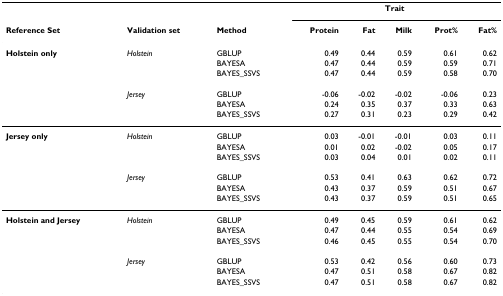
<table><thead><tr><td></td><td></td><td></td><td colspan="5"><b>Trait</b></td></tr><tr><td><b>Reference Set</b></td><td><b>Validation set</b></td><td><b>Method</b></td><td><b>Protein</b></td><td><b>Fat</b></td><td><b>Milk</b></td><td><b>Prot%</b></td><td><b>Fat%</b></td></tr></thead><tbody><tr><td><b>Holstein only</b></td><td><i>Holstein</i></td><td>GBLUP</td><td>0.49</td><td>0.44</td><td>0.59</td><td>0.61</td><td>0.62</td></tr><tr><td></td><td></td><td>BAYESA</td><td>0.47</td><td>0.44</td><td>0.59</td><td>0.59</td><td>0.71</td></tr><tr><td></td><td></td><td>BAYES_SSVS</td><td>0.47</td><td>0.44</td><td>0.59</td><td>0.58</td><td>0.70</td></tr><tr><td></td><td><i>Jersey</i></td><td>GBLUP</td><td>-0.06</td><td>-0.02</td><td>-0.02</td><td>-0.06</td><td>0.23</td></tr><tr><td></td><td></td><td>BAYESA</td><td>0.24</td><td>0.35</td><td>0.37</td><td>0.33</td><td>0.63</td></tr><tr><td></td><td></td><td>BAYES_SSVS</td><td>0.27</td><td>0.31</td><td>0.23</td><td>0.29</td><td>0.42</td></tr><tr><td><b>Jersey only</b></td><td><i>Holstein</i></td><td>GBLUP</td><td>0.03</td><td>-0.01</td><td>-0.01</td><td>0.03</td><td>0.11</td></tr><tr><td></td><td></td><td>BAYESA</td><td>0.01</td><td>0.02</td><td>-0.02</td><td>0.05</td><td>0.17</td></tr><tr><td></td><td></td><td>BAYES_SSVS</td><td>0.03</td><td>0.04</td><td>0.01</td><td>0.02</td><td>0.11</td></tr><tr><td></td><td><i>Jersey</i></td><td>GBLUP</td><td>0.53</td><td>0.41</td><td>0.63</td><td>0.62</td><td>0.72</td></tr><tr><td></td><td></td><td>BAYESA</td><td>0.43</td><td>0.37</td><td>0.59</td><td>0.51</td><td>0.67</td></tr><tr><td></td><td></td><td>BAYES_SSVS</td><td>0.43</td><td>0.37</td><td>0.59</td><td>0.51</td><td>0.65</td></tr><tr><td><b>Holstein and Jersey</b></td><td><i>Holstein</i></td><td>GBLUP</td><td>0.49</td><td>0.45</td><td>0.59</td><td>0.61</td><td>0.62</td></tr><tr><td></td><td></td><td>BAYESA</td><td>0.47</td><td>0.44</td><td>0.55</td><td>0.54</td><td>0.69</td></tr><tr><td></td><td></td><td>BAYES_SSVS</td><td>0.46</td><td>0.45</td><td>0.55</td><td>0.54</td><td>0.70</td></tr><tr><td></td><td><i>Jersey</i></td><td>GBLUP</td><td>0.53</td><td>0.42</td><td>0.56</td><td>0.60</td><td>0.73</td></tr><tr><td></td><td></td><td>BAYESA</td><td>0.47</td><td>0.51</td><td>0.58</td><td>0.67</td><td>0.82</td></tr><tr><td></td><td></td><td>BAYES_SSVS</td><td>0.47</td><td>0.51</td><td>0.58</td><td>0.67</td><td>0.82</td></tr></tbody></table>